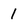
Character: 1